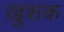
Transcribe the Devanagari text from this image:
ख़ुशक